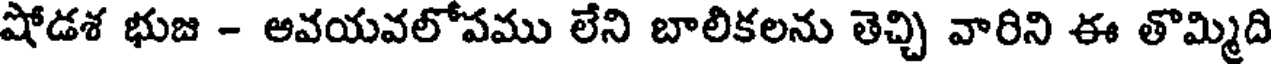
షోడశ భుజ - అవయవలోపము లేని బాలికలను తెచ్చి వారిని ఈ తొమ్మిది